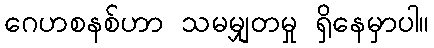
ဂေဟစနစ်ဟာ သမမျှတမှု ရှိနေမှာပါ။